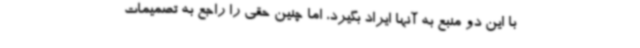
با این دو منبع به آنها ایراد بگیرد، اما چنین حقی را راجع به تصمیمات